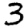
Digit: 3